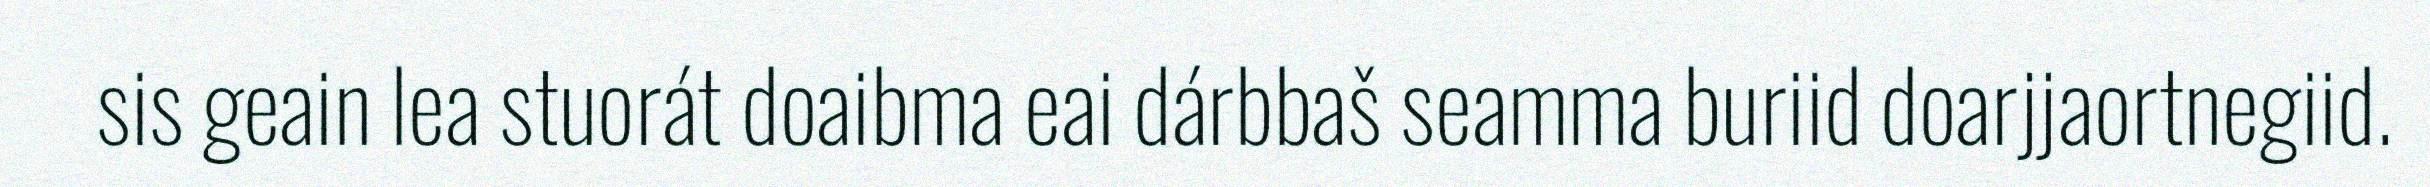
sis geain lea stuorát doaibma eai dárbbaš seamma buriid doarjjaortnegiid.